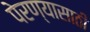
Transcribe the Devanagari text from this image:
पेरण्यासाठी